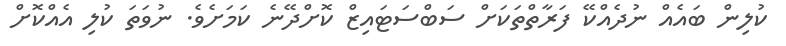
ކުލިން ބައެއް ނުދެއްކޭ ފަރާތްތަކަށް ސަބްސަޓައިޒް ކޮށްދޭނެ ކަމަށެވެ. ނުވަތަ ކުލި އެއްކޮށް